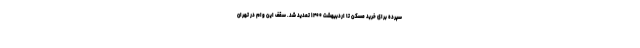
سپرده برای خرید مسکن تا اردبیهشت ۱۴۰۰ تمدید شد. سقف این وام در تهران